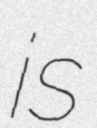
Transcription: is